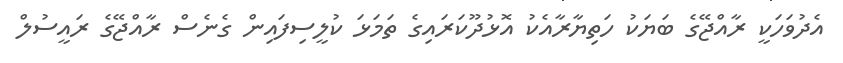
އެދުވަހަކީ ރާއްޖޭގެ ބަޔަކު ހަތިޔާރާއެކު އޮޅުދޫކަރައިގެ ތަމަޅަ ކުލީސިފައިން ގެނެސް ރާއްޖޭގެ ރައީސުލް